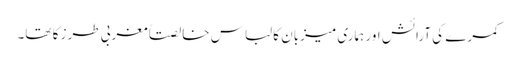
کمرے کی آرائش اور ہماری میزبان کا لباس خالصتاً مغربی طرز کا تھا۔